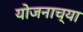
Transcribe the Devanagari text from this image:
योजनाच्या